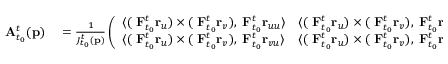
\begin{array} { r l } { \mathbf { A } _ { t _ { 0 } } ^ { t } ( \mathbf { p } ) } & { { } = \frac { 1 } { J _ { t _ { 0 } } ^ { t } ( \mathbf { p } ) } \left( \begin{array} { l l } { \langle ( \mathbf { \nabla } \mathbf { F } _ { t _ { 0 } } ^ { t } \mathbf { r } _ { u } ) \times ( \mathbf { \nabla } \mathbf { F } _ { t _ { 0 } } ^ { t } \mathbf { r } _ { v } ) , \mathbf { \nabla } \mathbf { F } _ { t _ { 0 } } ^ { t } \mathbf { r } _ { u u } \rangle } & { \langle ( \mathbf { \nabla } \mathbf { F } _ { t _ { 0 } } ^ { t } \mathbf { r } _ { u } ) \times ( \mathbf { \nabla } \mathbf { F } _ { t _ { 0 } } ^ { t } \mathbf { r } _ { v } ) , \mathbf { \nabla } \mathbf { F } _ { t _ { 0 } } ^ { t } \mathbf { r } _ { u v } \rangle } \\ { \langle ( \mathbf { \nabla } \mathbf { F } _ { t _ { 0 } } ^ { t } \mathbf { r } _ { u } ) \times ( \mathbf { \nabla } \mathbf { F } _ { t _ { 0 } } ^ { t } \mathbf { r } _ { v } ) , \mathbf { \nabla } \mathbf { F } _ { t _ { 0 } } ^ { t } \mathbf { r } _ { v u } \rangle } & { \langle ( \mathbf { \nabla } \mathbf { F } _ { t _ { 0 } } ^ { t } \mathbf { r } _ { u } ) \times ( \mathbf { \nabla } \mathbf { F } _ { t _ { 0 } } ^ { t } \mathbf { r } _ { v } ) , \mathbf { \nabla } \mathbf { F } _ { t _ { 0 } } ^ { t } \mathbf { r } _ { v v } \rangle } \end{array} \right) } \end{array}